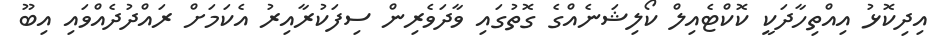
އިދިކޮޅު އިއްތިހާދަކީ ކޮކްޓެއިލް ކޯލިޝަނެއްގެ ގޮތުގައި ވާދަވެރިން ސިފަކުރާއިރު އެކަމަށް ރައްދުދެއްވައި އިބޫ